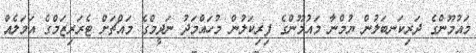
މައުމޫންގެ ދަރިކަނބަލުން ޔުމްނާ މައުމޫންގެ ފިރިކަލުން މުހައްމަދު ނަދީމްގެ މައްޗަށް ޓެރަރިޒަމްގެ އަމަލެއް